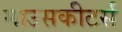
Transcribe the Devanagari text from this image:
माउसकीटर्स